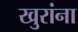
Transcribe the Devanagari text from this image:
खुरांना